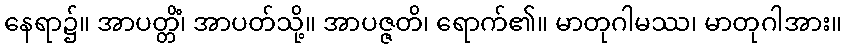
နေရာ၌။ အာပတ္တိံ၊ အာပတ်သို့။ အာပဇ္ဇတိ၊ ရောက်၏။ မာတုဂါမဿ၊ မာတုဂါအား။